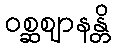
ဝစ္ဆဈာနန္တိ